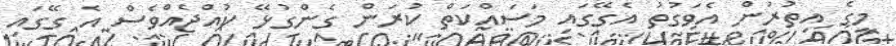
މީގެ އިތުރުން އެވަގުތު އެގޭގައި މަސައްކަތް ކުރަން ގެންގުޅޭ ކުއްޖެއްވެސް އެ ގޭގައި